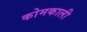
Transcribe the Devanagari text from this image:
कोमकाली